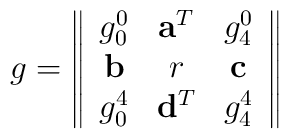
g=\left\|\begin{array}{ccc}g_0^0&{\bf a}^T&g_4^0\\{\bf b}&r&{\bf c}\\g_0^4&{\bf d}^T&g_4^4\end{array}\right\|\